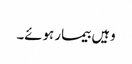
وہیں بیمار ہوئے۔